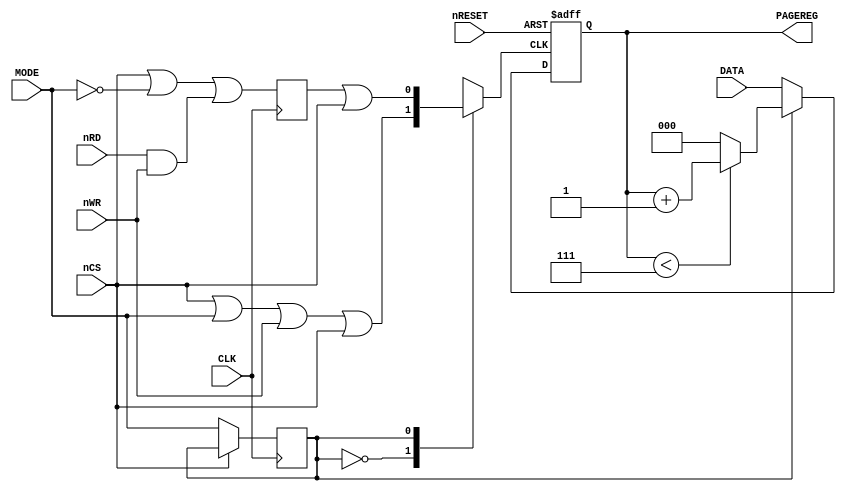
// This program was cloned from: https://github.com/ika-musume/ArcadeStuffs
// License: GNU General Public License v2.0

module PageRegisterController
(
    input   wire            nRESET,
    input   wire            CLK,

    input   wire            nRD,
    input   wire            nWR,
    input   wire            nCS,
    input   wire            MODE, //A0
    input   wire    [2:0]   DATA, //D0-D2
    
    output  reg     [2:0]   PAGEREG = 3'b0
);

/*
T                        1   2   3   1   2   3   1   2   3   1   2   3  
CLK                 ____/\_/\_/\_/\_/\_/\_/\_/\_/\_/\_/\_/\_/
ADDRESS             ----X-(ADDRESS)-X-(ADDRESS)-X-(ADDRESS)-X-(ADDRESS)-X
A0                  \___________/
A0 LATCHED          \___________/
RD                  \_______/\_______/
WR                  \___/\___/
CS                  \___________________________________/
RD+WR SYNCED        \WR_/\RD_____/
*/

reg             page_reg_mode = 1'b1;
wire            page_reg_load = (nCS | MODE) | nWR;
reg             page_reg_increase;
reg             page_reg_control_tick = 1'b1;

//mode latch
always @(negedge CLK)
begin
    if(nCS == 1'b0)
    begin
        page_reg_mode <= MODE;
    end
    else
    begin
        page_reg_mode <= page_reg_mode;
    end
end

//increase signal synchronizer 
always @(posedge CLK)
begin
    page_reg_increase <= (nCS | ~MODE) | (nRD & nWR); //active low
end

//page register control signal multiplexer
always @(*)
begin
    case (page_reg_mode)
        1'b0:
        begin
            page_reg_control_tick <= page_reg_load | nCS;
        end
        1'b1:
        begin
            page_reg_control_tick <= page_reg_increase | nCS;
        end
    endcase
end

//page register data control
always @(negedge nRESET or posedge page_reg_control_tick)
begin
    if(nRESET == 1'b0)
    begin
        PAGEREG <= 3'd0;
    end
    else
    begin
        if(page_reg_mode == 1'b0)
        begin
            PAGEREG <= DATA;
        end
        else
        begin
            if(PAGEREG < 3'd7)
            begin
                PAGEREG <= PAGEREG + 3'd1;
            end
            else
            begin
                PAGEREG <= 3'd0;
            end
        end
    end
end
endmodule